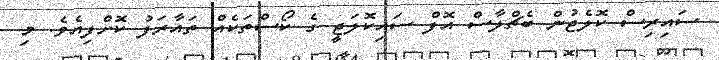
ސައިރިސް ކޮލެޖުން ބެޗްލާސް އޮފް ސައިކޮލަޖީ ގެ ކޯސްތަކެއް ތައާރަފު ކޮށްފިއެވެ. މި